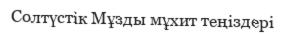
Солтүстік Мұзды мұхит теңіздері